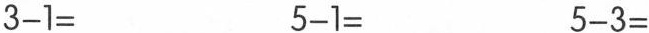
$$3 - 1 =$$$$5 - 1 =$$$$5 - 3 =$$